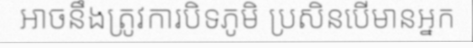
អាចនឹងត្រូវការបិទភូមិ ប្រសិនបើមានអ្នក